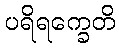
ပရိရက္ခေတိ